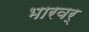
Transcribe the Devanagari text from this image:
भारवर्